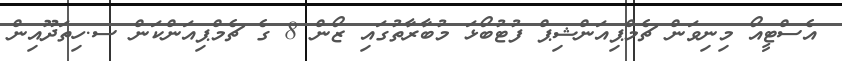
އެސްޓީއޯ މިނިވަން ޗެމްޕިއަންޝިޕް ފުޓުބޯޅަ މުބާރާތުގައި ޒޯން 8 ގެ ޗެމްޕިއަންކަން ސ.ހިތަދޫއިން